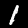
Digit: 1